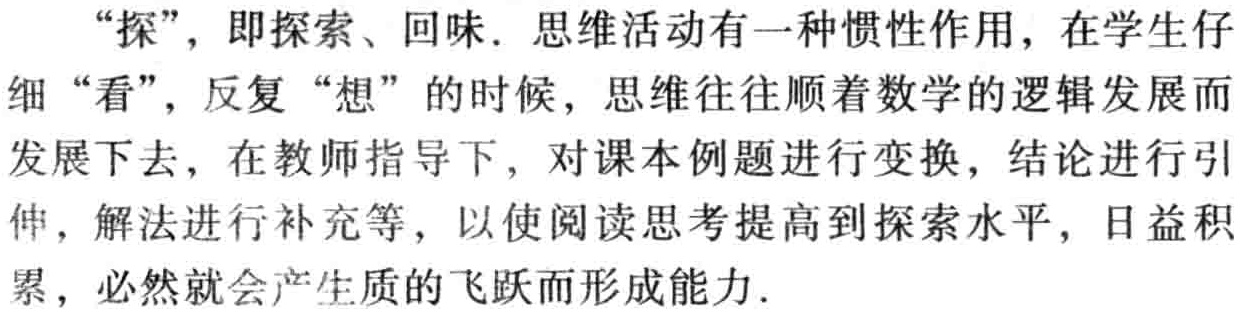
“探”，即探索、回味．思维活动有一种惯性作用，在学生仔细“看”，反复“想”的时候，思维往往顺着数学的逻辑发展而发展下去，在教师指导下，对课本例题进行变换，结论进行引伸，解法进行补充等，以使阅读思考提高到探索水平，日益积累，必然就会产生质的飞跃而形成能力．